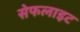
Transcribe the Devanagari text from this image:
सेफलाइट